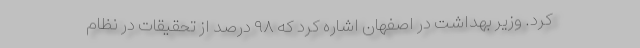
کرد. وزیر بهداشت در اصفهان اشاره کرد که ۹۸ درصد از تحقیقات در نظام